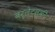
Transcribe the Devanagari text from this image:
बर्लेट्सकी